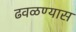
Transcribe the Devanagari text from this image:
ढवळण्यास